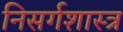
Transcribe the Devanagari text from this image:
निसर्गशास्त्र